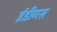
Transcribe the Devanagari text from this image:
ईडीगस